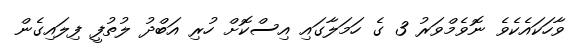
ވާހަކައެކެވެ ނޮވެމްވަރު 3 ގެ ހަމަލާގައި އިސްކޮށް ހުރި އަބްދު ލުތުފީ ފިލައިގެން